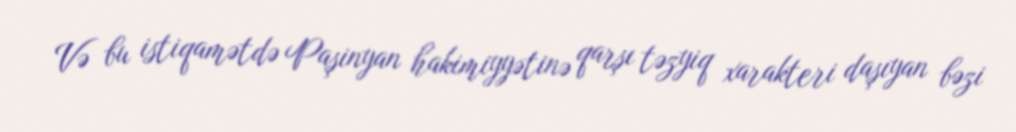
Və bu istiqamətdə Paşinyan hakimiyyətinə qarşı təzyiq xarakteri daşıyan bəzi